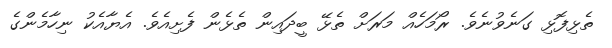
ތެޅިފޮޅި ގަނެވުނެވެ. ރޯމަހެއް މަރަށް ތެޅޭ ބީދައިން ތެޅެން ފެށިއެވެ. އެޔާއެކު ނިހާމެންގެ